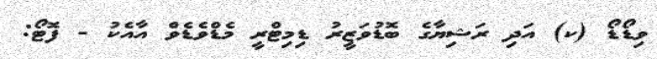
ވިޑޯޑޯ (ކ) އަދި ރަޝިޔާގެ ބޮޑުވަޒީރު ޑިމިޓްރީ މެޑްވެޑެވް އާއެކު - ފޮޓޯ: